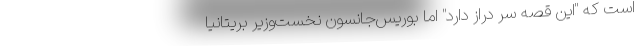
است که "این قصه سر دراز دارد" اما بوریس‌جانسون نخست‌وزیر بریتانیا